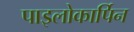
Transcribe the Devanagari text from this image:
पाइलोकार्पिन